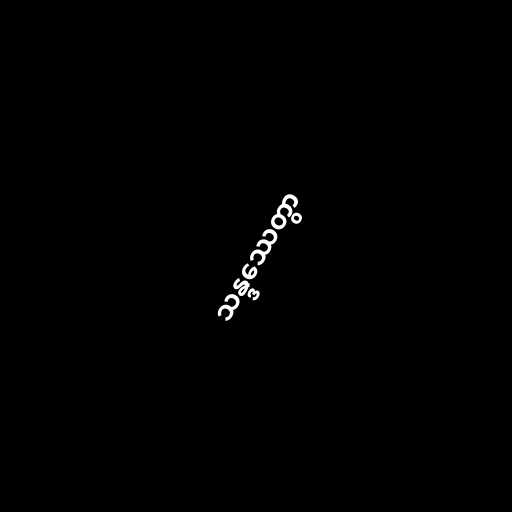
သန္ဒဿေတွာ